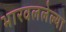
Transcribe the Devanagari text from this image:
भारवललेल्या